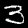
Digit: 3